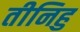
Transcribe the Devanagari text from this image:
तीनिहु